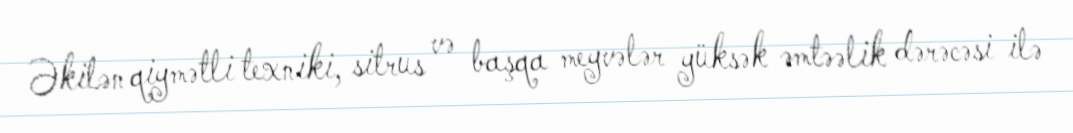
Əkilən qiymətli texniki, sitrus və başqa meyvələr yüksək əmtəəlik dərəcəsi ilə